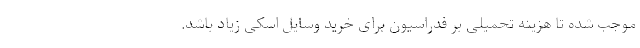
موجب شده تا هزینه تحمیلی بر فدراسیون برای خرید وسایل اسکی زیاد باشد.